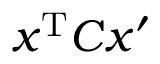
x ^ { \mathrm { T } } C x ^ { \prime }